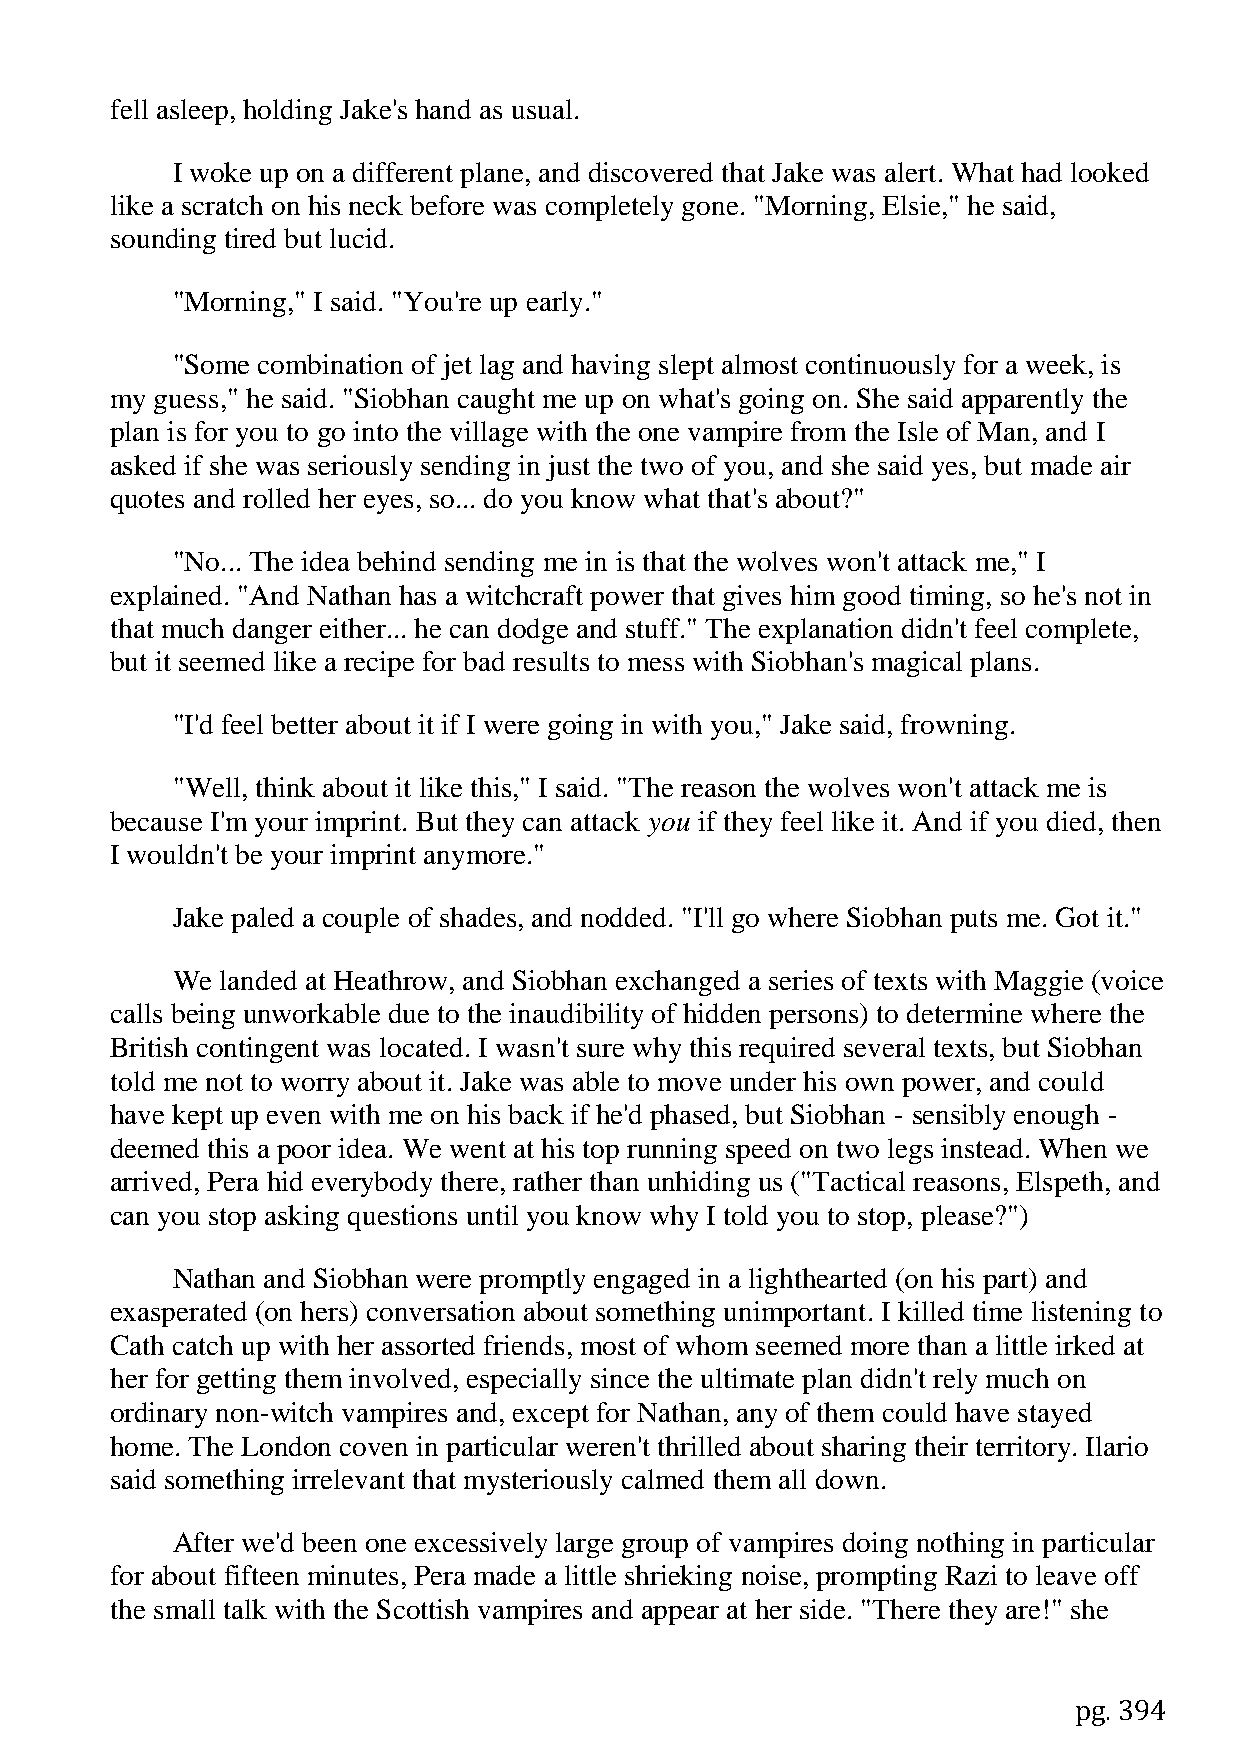
fell asleep, holding Jake's hand as usual.
 I woke up on a different plane, and discovered that Jake was alert. What had looked
 like a scratch on his neck before was completely gone. "Morning, Elsie," he said,
 sounding tired but lucid.
 "Morning," I said. "You're up early."
 "Some combination of jet lag and having slept almost continuously for a week, is
 my guess," he said. "Siobhan caught me up on what's going on. She said apparently the
 plan is for you to go into the village with the one vampire from the Isle of Man, and I
 asked if she was seriously sending in just the two of you, and she said yes, but made air
 quotes and rolled her eyes, so... do you know what that's about?"
 "No... The idea behind sending me in is that the wolves won't attack me," I
 explained. "And Nathan has a witchcraft power that gives him good timing, so he's not in
 that much danger either... he can dodge and stuff." The explanation didn't feel complete,
 but it seemed like a recipe for bad results to mess with Siobhan's magical plans.
 "I'd feel better about it if I were going in with you," Jake said, frowning.
 "Well, think about it like this," I said. "The reason the wolves won't attack me is
 because I'm your imprint. But they can attack you if they feel like it. And if you died, then
 I wouldn't be your imprint anymore."
 Jake paled a couple of shades, and nodded. "I'll go where Siobhan puts me. Got it."
 We  landed at Heathrow, and Siobhan exchanged a series of texts with Maggie (voice
 calls being unworkable due to the inaudibility of hidden persons) to determine where the
 British contingent was located. I wasn't sure why this required several texts, but Siobhan
 told me not to worry about it. Jake was able to move under his own power, and could
 have kept up even with me on his back if he'd phased, but Siobhan - sensibly enough -
 deemed this a poor idea. We went at his top running speed on two legs instead. When we
 arrived, Pera hid everybody there, rather than unhiding us ("Tactical reasons, Elspeth, and
 can you stop asking questions until you know why I told you to stop, please?")
 Nathan and Siobhan were promptly engaged in a lighthearted (on his part) and
 exasperated (on hers) conversation about something unimportant. I killed time listening to
 Cath catch up with her assorted friends, most of whom seemed more than a little irked at
 her for getting them involved, especially since the ultimate plan didn't rely much on
 ordinary non-witch vampires and, except for Nathan, any of them could have stayed
 home. The London coven in particular weren't thrilled about sharing their territory. Ilario
 said something irrelevant that mysteriously calmed them all down.
 After we'd been one excessively large group of vampires doing nothing in particular
 for about fifteen minutes, Pera made a little shrieking noise, prompting Razi to leave off
 the small talk with the Scottish vampires and appear at her side. "There they are!" she
 pg. 394